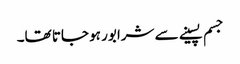
جسم پسینے سے شرابور ہو جاتا تھا۔